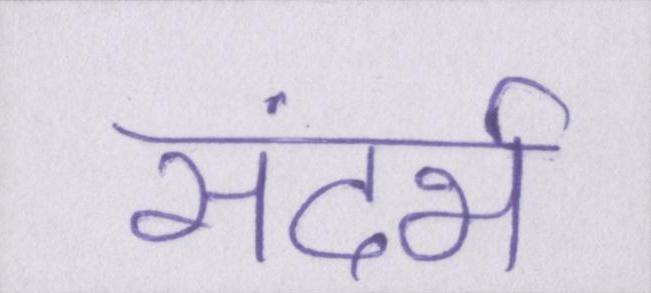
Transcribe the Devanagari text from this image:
संदर्भ